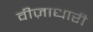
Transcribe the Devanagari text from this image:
वीज़ाधारी